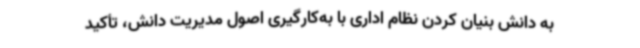
به دانش بنیان کردن نظام اداری با به‌کارگیری اصول مدیریت دانش، تأکید